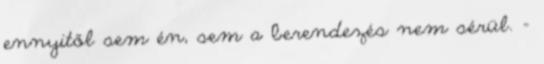
ennyitől sem én, sem a berendezés nem sérül. –